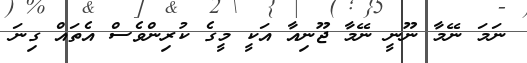
ނަމަ ނޭމާ ނޫނީ ނޭމާ ޖޫނިއާ އަކީ މީގެ ކުރިންވެސް އެތައް ގިނަ